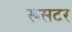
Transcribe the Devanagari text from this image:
रूसटर